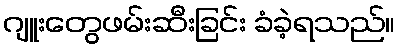
ဂျူးတွေဖမ်းဆီးခြင်း ခံခဲ့ရသည်။